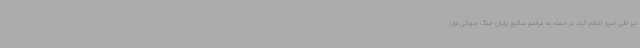
نیز طی امروز اعلام کرد، در حمله به مراسم سالروز پایان جنگ جهانی اول